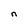
Character: n